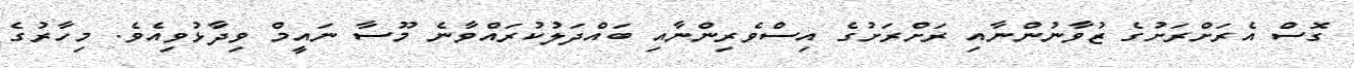
ގޮސް އެރަށްރަށުގެ ޒުވާނުންނާއި ރަށްރަށުގެ އިސްވެރިންނާއި ބައްދަލުކުރައްވާނެ މޫސާ ނައީމް ވިދާޅުވިއެވެ. މިހާރުގެ